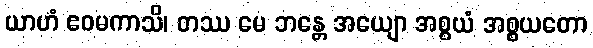
ယာဟံ ဧဝမကာသိ၊ တဿ မေ ဘန္တေ အယျော အစ္စယံ အစ္စယတော